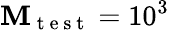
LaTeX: \mathbf{M}_{\mathrm{{~t~e~s~t~}}}=10^{3}